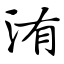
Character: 洧